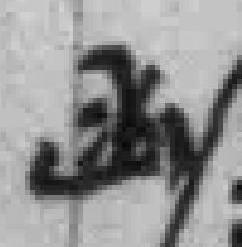
函